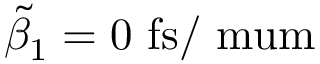
\tilde { \beta } _ { 1 } = 0 ~ \mathrm { f s / \ m u m }